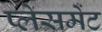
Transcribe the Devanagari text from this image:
प्‍लेसमेंट